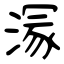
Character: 溕